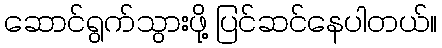
ဆောင်ရွက်သွားဖို့ ပြင်ဆင်နေပါတယ်။